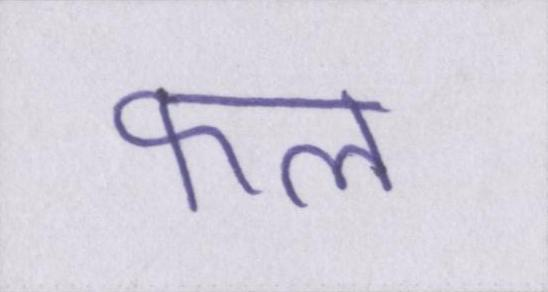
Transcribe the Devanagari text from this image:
फल